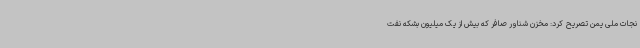
نجات ملی یمن تصریح کرد: مخزن شناور صافر که بیش از یک میلیون بشکه نفت